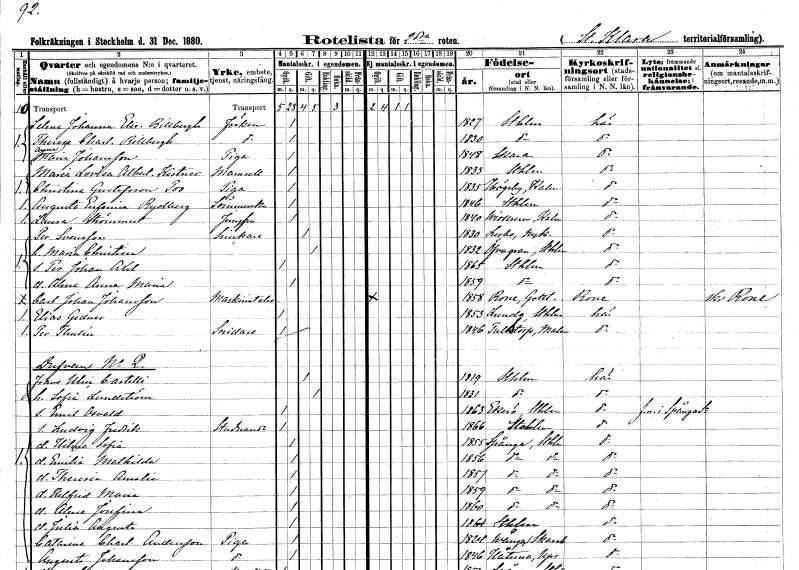
gt_parse: households: individuals: FN: Selma Johanna Elise
EN: Billbergh
KON: K
CIV: O
FODAR: 1827
FODFORS: Stockholm
FN: Therese Charlotta
EN: Billbergh
KON: K
CIV: O
FODAR: 1830
FODFORS: Stockholm
FN: Anna Maria
EN: Johansson
YRKE: Piga
KON: K
CIV: O
FODAR: 1848
FODFORS: Skara Skaraborgs län
FN: Maria Lovisa Albertina
EN: Kistner
KON: K
CIV: O
FODAR: 1833
FODFORS: Stockholm
FN: Christina
EN: Gustafsson Poo
YRKE: Piga
KON: K
CIV: O
FODAR: 1835
FODFORS: Högby Kalmar län
FN: Augusta Eufemia
EN: Rydberg
YRKE: Sömmerska
KON: K
CIV: O
FODAR: 1846
FODFORS: Stockholm
FN: Laura
EN: Strömmert
YRKE: Jungfru
KON: K
CIV: O
FODAR: 1840
FODFORS: Virserum Kalmar län
FN: Per
EN: Svensson
YRKE: Snickare
KON: M
CIV: G
FODAR: 1830
FODFORS: Lerbo Södermanlands län
FN: Maria Christina
KON: K
CIV: G
FODAR: 1832
FODFORS: Övergran Uppsala län
FN: Per Johan Axel
KON: M
CIV: O
FODAR: 1865
FODFORS: Stockholm
FN: Alma Anna Maria
KON: K
CIV: O
FODAR: 1859
FODFORS: Stockholm
FN: Carl Johan
EN: Johansson
YRKE: Maskinistelev
KON: M
CIV: O
FODAR: 1858
FODFORS: Rone Gotlands län
FN: Elias
EN: Gedner
KON: M
CIV: O
FODAR: 1853
FODFORS: Lunda Stockholms län
FN: Per
EN: Thulén
YRKE: Snidare
KON: M
CIV: O
FODAR: 1846
FODFORS: Tullstorp Malmöhus län
FN: Frans Ulric
EN: Castelli
KON: M
CIV: G
FODAR: 1819
FODFORS: Stockholm
FN: Sofia
EN: Lundström
KON: K
CIV: G
FODAR: 1831
FODFORS: Stockholm
FN: Emil Osvald
KON: M
CIV: O
FODAR: 1863
FODFORS: Ekerö Stockholms län
FN: Ludvig Fredrik
YRKE: Studerande
KON: M
CIV: O
FODAR: 1866
FODFORS: Stockholm
FN: Hilma Sofia
KON: K
CIV: O
FODAR: 1855
FODFORS: Spånga Stockholms län
FN: Emilia Mathilda
KON: K
CIV: O
FODAR: 1856
FODFORS: Spånga Stockholms län
FN: Theresia Amalia
KON: K
CIV: O
FODAR: 1857
FODFORS: Spånga Stockholms län
FN: Helfrid Maria
KON: K
CIV: O
FODAR: 1859
FODFORS: Spånga Stockholms län
FN: Alma Josefina
KON: K
CIV: O
FODAR: 1860
FODFORS: Spånga Stockholms län
FN: Julia Augusta
KON: K
CIV: O
FODAR: 1861
FODFORS: Stockholm
FN: Catarina Charlotta
EN: Andersson
YRKE: Piga
KON: K
CIV: O
FODAR: 1824
FODFORS: Norra Vånga Skaraborgs län
FN: Augusta
EN: Johansson
YRKE: Piga
KON: K
CIV: O
FODAR: 1846
FODFORS: Håtuna Stockholms län